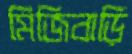
মিজিবাড়ি